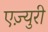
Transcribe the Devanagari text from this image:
एज़्युरी